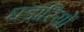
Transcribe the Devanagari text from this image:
घड़ारियों